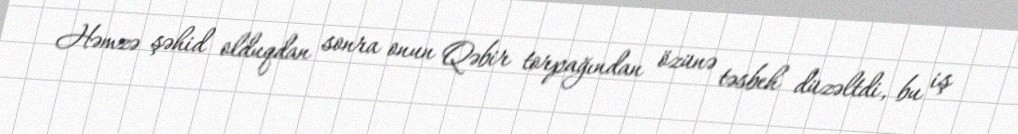
Həmzə şəhid olduqdan sonra onun Qəbir torpağından özünə təsbeh düzəltdi, bu iş